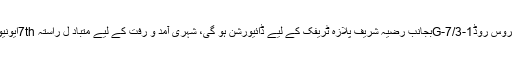
اقبال ہال سے سروس روڈG-7/3-1بجانب رضیہ شریف پلازہ ٹریفک کے لیے ڈائیورشن ہو گی، شہری آمد و رفت کے لیے متباد ل راستہ 7thایونیو استعمال کریں۔